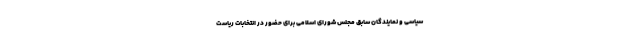
سیاسی و نمایندگان سابق مجلس شورای اسلامی برای حضور در انتخابات ریاست